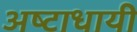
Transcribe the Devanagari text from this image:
अष्‍टाधायी